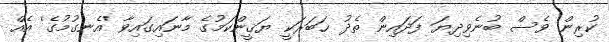
ކުރިން ވެސް ބުނެވިދިޔަ ފަދައިން ތެދު ޚަބަރަކީ ޔަޤީންކަމުގެ މާނައިގައިވާ 'އެނގުމުގެ' އެއް